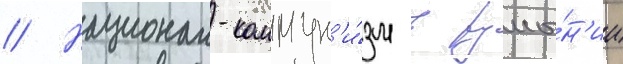
// Национал-коммун'и́зм в румы́н'ии